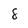
Character: 8